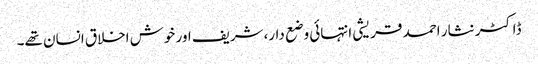
ڈاکٹر نثار احمد قریشی انتہائی وضع دار،شریف اور خوش اخلاق انسان تھے۔